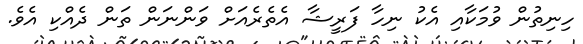
ހިނިތުން ވުމަކާއި އެކު ނިހާ ފަރީޝާ އެތެރެއަށް ވަންނަން ތަން ދެއްކި އެވެ.